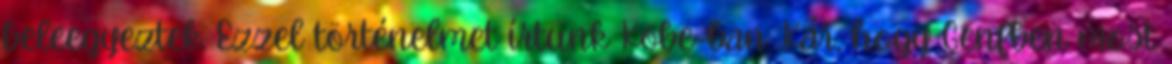
beleegyeztek. Ezzel történelmet írtunk Kobe-ban. Kár, hogy Genfben most